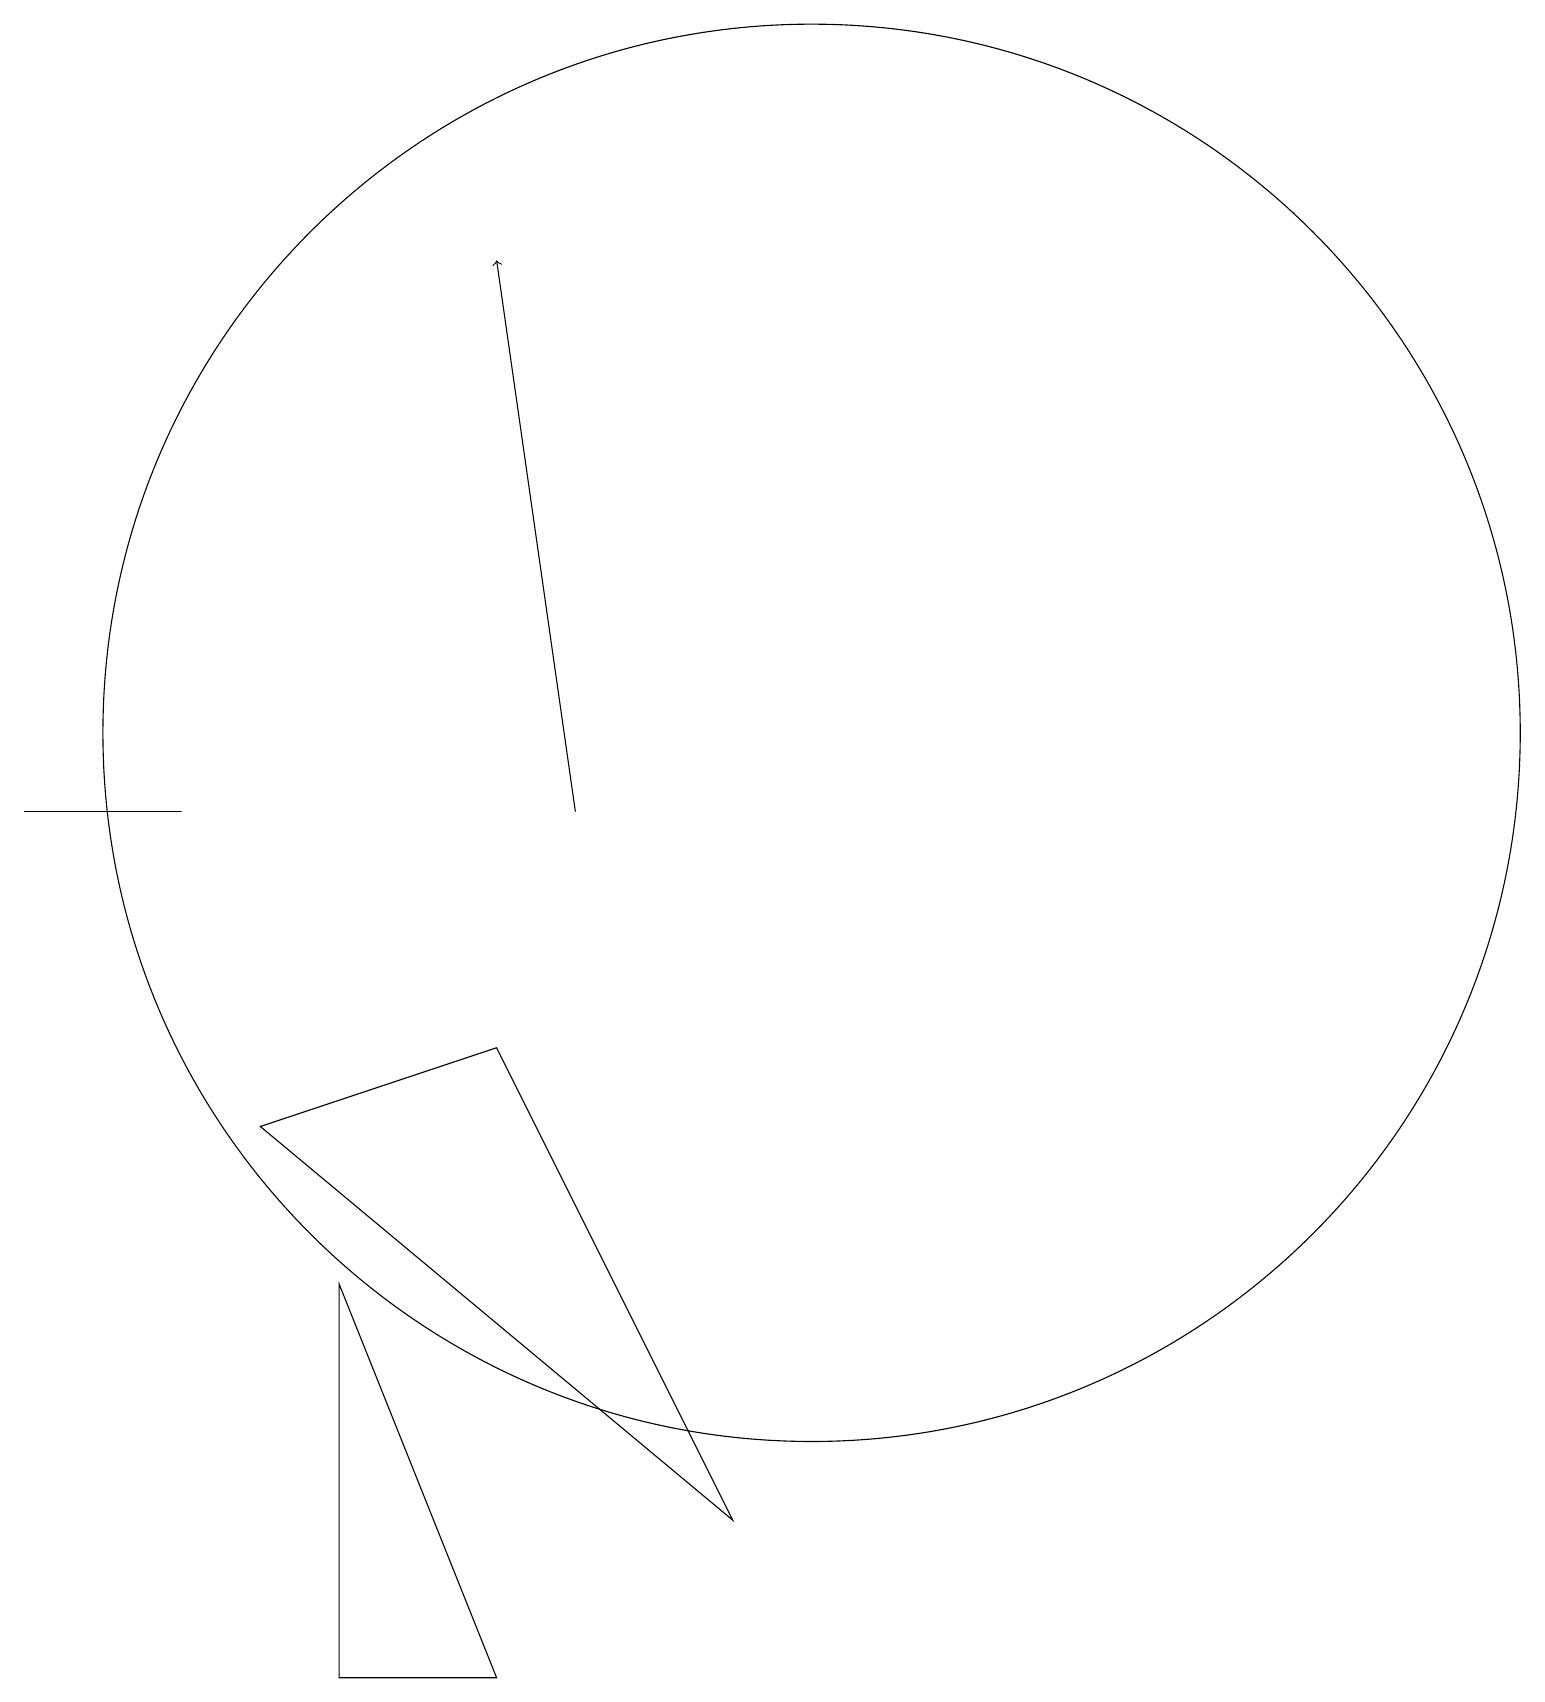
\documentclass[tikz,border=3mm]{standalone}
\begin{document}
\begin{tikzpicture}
\draw[->] (7,11) -- (6,18);
\draw (6,8) -- (3,7) -- (9,2) -- cycle;
\draw (0,11) rectangle (2,11);
\draw (4,0) -- (4,5) -- (6,0) -- cycle;
\draw (10,12) circle (9);
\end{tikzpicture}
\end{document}